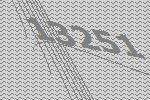
13251